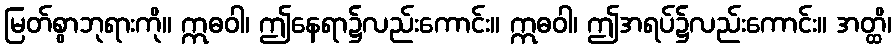
မြတ်စွာဘုရားကို။ ဣဓဝါ၊ ဤနေရာ၌လည်းကောင်း။ ဣဓဝါ၊ ဤအရပ်၌လည်းကောင်း။ အတ္ထိ၊